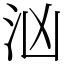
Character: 汹